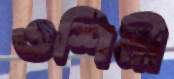
ওশিনী